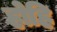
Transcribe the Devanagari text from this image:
होहि